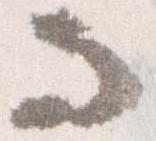
而